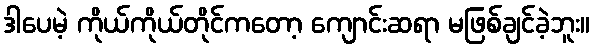
ဒါပေမဲ့ ကိုယ်ကိုယ်တိုင်ကတော့ ကျောင်းဆရာ မဖြစ်ချင်ခဲ့ဘူး။